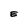
Character: E